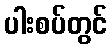
ပါးစပ်တွင်